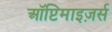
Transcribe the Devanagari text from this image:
ऑप्टिमाइज़र्स